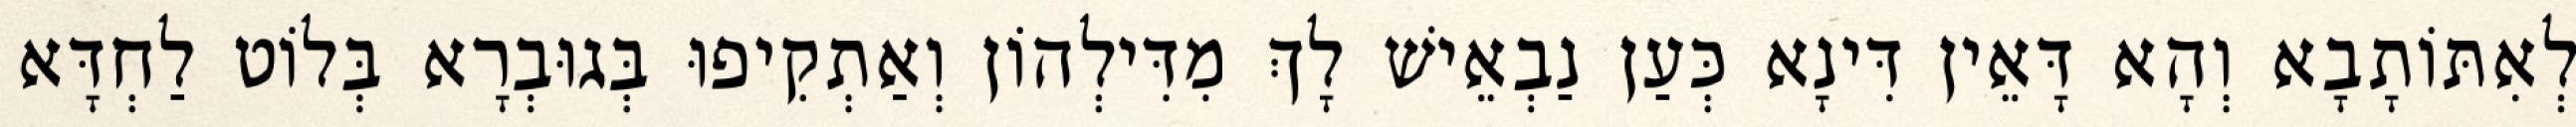
לְאִתּוֹתָבָא וְהָא דָּאֵין דִּינָא כְּעַן נַבְאֵישׁ לָךְ מִדִּילְהוֹן וְאַתְקִיפוּ בְּגוּבְרָא בְּלוֹט לַחְדָּא